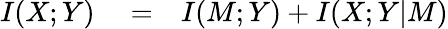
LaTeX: \begin{array}{rlr}{I(X;Y)}&{{}=}&{I(M;Y)+I(X;Y\vert M)}\end{array}